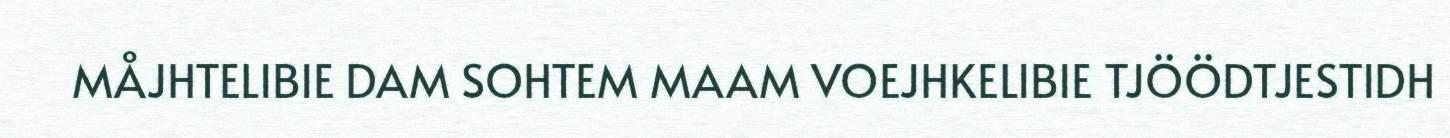
MÅJHTELIBIE DAM SOHTEM MAAM VOEJHKELIBIE TJÖÖDTJESTIDH